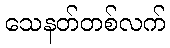
သေနတ်တစ်လက်